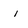
Character: i